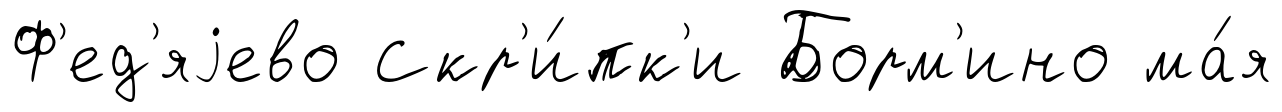
Ф'ед'яjево Скр'и́пк'и Борм'ино ма́я